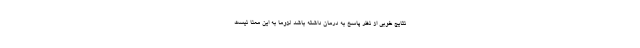
نتایج خوبی از نظر پاسخ به درمان داشته باشد لزوما به این معنا نیست